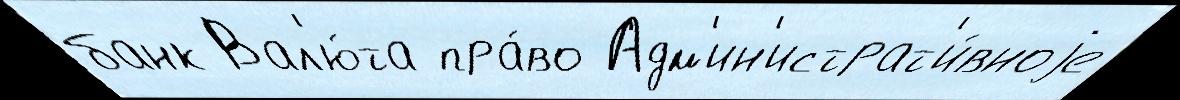
банк Вал'ю́та пра́во Адм'ин'истрат'и́вноjе